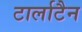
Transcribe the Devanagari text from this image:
टार्लाटैन